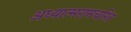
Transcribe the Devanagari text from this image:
अध्यात्मरामचरित